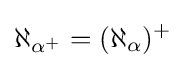
\aleph _{\alpha ^{+}}=(\aleph _{\alpha })^{+}